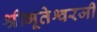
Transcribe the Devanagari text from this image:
श्रीभूतेश्वरजी